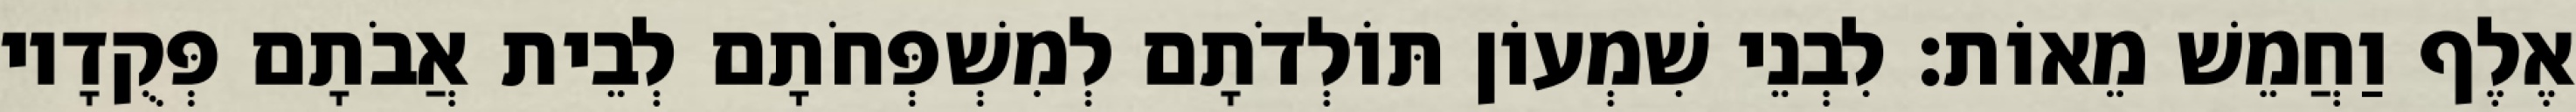
אֶלֶף וַחֲמֵשׁ מֵאוֹת׃ לִבְנֵי שִׁמְעוֹן תּוֹלְדֹתָם לְמִשְׁפְּחֹתָם לְבֵית אֲבֹתָם פְּקֻדָיו